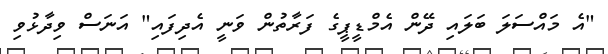
"އެ މައްސަލަ ބަލައި ދޭން އެމްޑީޕީގެ ފަރާތުން ވަނީ އެދިފައި" އަނަސް ވިދާޅުވި